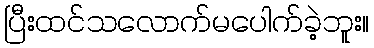
ပြီးထင်သလောက်မပေါက်ခဲ့ဘူး။